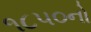
૧૮૫૦નો